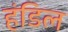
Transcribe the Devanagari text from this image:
हंडिल